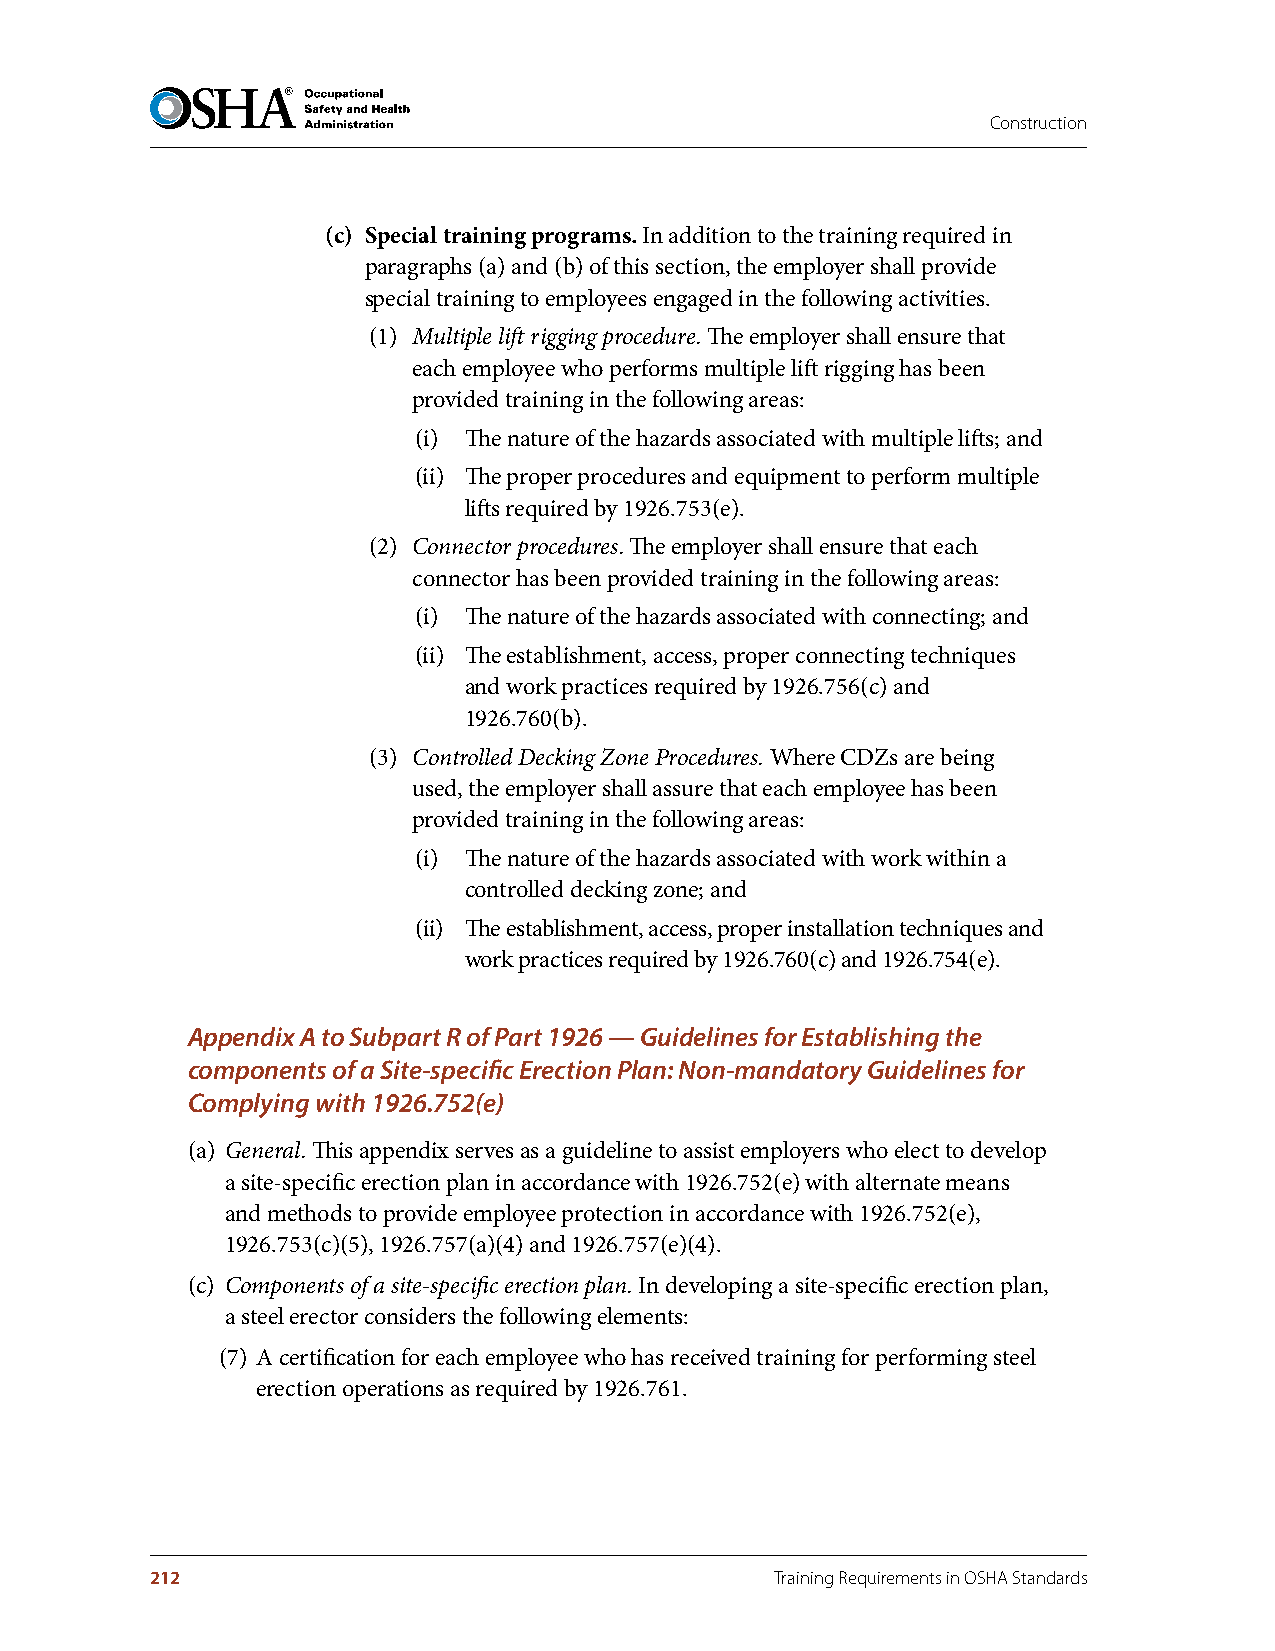
Construction
 (c) Special training programs . In addition to the training required in
 paragraphs (a) and (b) of this section, the employer shall provide
 special training to employees engaged in the following activities.
 (1) Multiple lift rigging procedure. The employer shall ensure that
 each employee who performs multiple lift rigging has been
 provided training in the following areas:
 (i) The nature of the hazards associated with multiple lifts; and
 (ii) The proper procedures and equipment to perform multiple
 lifts required by 1926.753(e).
 (2) Connector procedures. The employer shall ensure that each
 connector has been provided training in the following areas:
 (i) The nature of the hazards associated with connecting; and
 (ii) The establishment, access, proper connecting techniques
 and work practices required by 1926.756(c) and
 1926.760(b).
 (3) Controlled Decking Zone Procedures. Where CDZs are being
 used, the employer shall assure that each employee has been
 provided training in the following areas:
 (i) The nature of the hazards associated with work within a
 controlled decking zone; and
 (ii) The establishment, access, proper installation techniques and
 work practices required by 1926.760(c) and 1926.754(e).
 Appendix A to Subpart R of Part 1926 — Guidelines for Establishing the
 components of a Site-specific Erection Plan: Non-mandatory Guidelines for
 Complying with 1926.752(e)
 (a) General. This appendix serves as a guideline to assist employers who elect to develop
 a site-specific erection plan in accordance with 1926.752(e) with alternate means
 and methods to provide employee protection in accordance with 1926.752(e),
 1926.753(c)(5), 1926.757(a)(4) and 1926.757(e)(4).
 (c) Components of a site-specific erection plan. In developing a site-specific erection plan,
 a steel erector considers the following elements:
 (7) A certification for each employee who has received training for performing steel
 erection operations as required by 1926.761.
 212                                      Training Requirements in OSHA Standards